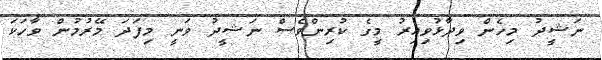
ނަޝީދު މިހެން ވިދާޅުވިއިރު މީގެ ކުރިންވެސް ނަޝީދު ވަނީ މިފަދަ މޭރުމުން ވާހަކަ